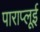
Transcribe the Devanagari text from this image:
पाराप्लूई